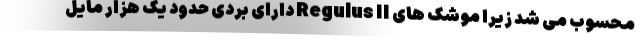
محسوب می شد زیرا موشک های Regulus II دارای بردی حدود یک هزار مایل